Lunatic asylums Madras 1892-1911 - 1892-1911
Year: 1892
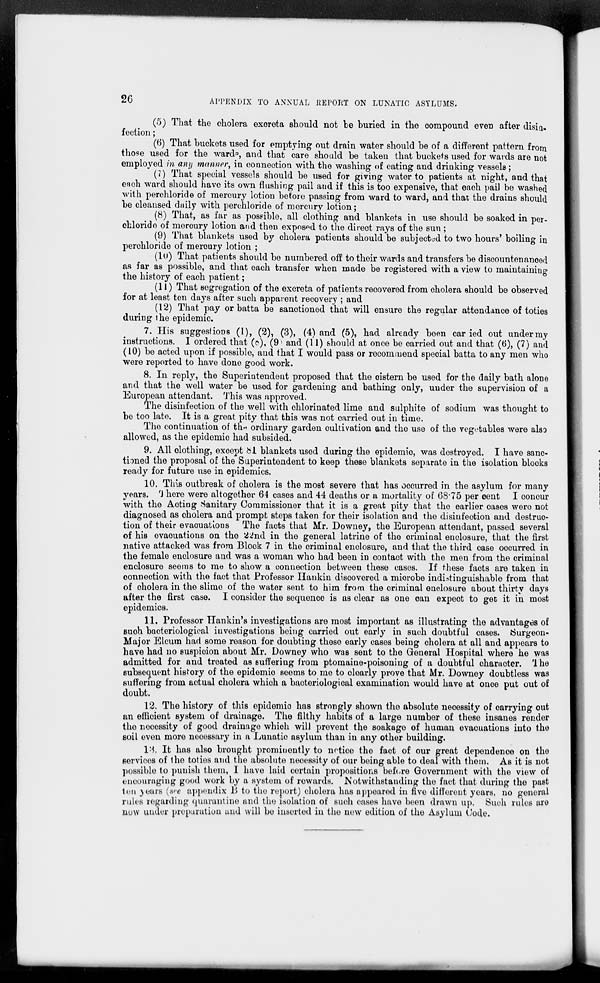
26
APPENDIX TO ANNUAL REPORT ON LUNATIC ASYLUMS.
(5) That the cholera exoreta should not be buried in the compound even after disin-
fection;
(6) That buckets used for emptying out drain water should be of a different pattern from
those used for the ward, and that care should be taken that buckets used for wards are not
employed in any manner, in connection with the washing of eating and drinking vessels;
(7) That special vessels should be used for giving water to patients at night, and that
each ward should have its own flushing pail and if this is too expensive, that each pail be washed
with perchloride of mercury lotion before passing from ward to ward, and that the drains should
be cleansed daily with perchloride of mercury lotion;
(8) That, as far as possible, all clothing and blankets in use should be soaked in per-
chloride of mercury lotion and then exposed to the direct rays of the sun ;
(9) That blankets used by cholera patients should be subjected to two hours' boiling in
perchloride of mercury lotion ;
(10) That patients should be numbered off to their wards and transfers be discountenanced
as far as possible, and that each transfer when made be registered with a view to maintaining
the history of each patient;
(11) That segregation of the excreta of patients recovered from cholera should be observed
for at least ten days after such apparent recovery ; and
(12) That pay or batta be sanctioned that will ensure the regular attendance of toties
during the epidemic.
7. His suggestions (1), (2), (3), (4) and (5), had already been carried out under my
instructions. I ordered that (8), (9) and (11) should at once be carried out and that (6), (7) and
(10) be acted upon if possible, and that I would pass or recommend special batta to any men who
were reported to have done good work.
8. In reply, the Superintendent proposed that the cistern be used for the daily bath alone
and that the well water be used for gardening and bathing only, under the supervision of a
European attendant. This was approved.
The disinfection of the well with chlorinated lime and sulphite of sodium was thought to
be too late. It is a great pity that this was not carried out in time.
The continuation of the ordinary garden cultivation and the use of the vegetables were also
allowed, as the epidemic had subsided.
9. All clothing, except 81 blankets used during the epidemic, was destroyed. I have sanc-
tioned the proposal of the Superintendent to keep these blankets separate in the isolation blocks
ready for future use in epidemics.
10. This outbreak of cholera is the most severe that has occurred in the asylum for many
years. There were altogether 64 cases and 44 deaths or a mortality of 68.75 per cent. I concur
with the Acting Sanitary Commissioner that it is a great pity that the earlier cases were not
diagnosed as cholera and prompt steps taken for their isolation and the disinfection and destruc-
tion of their evacuations The facts that Mr. Downey, the European attendant, passed several
of his evacuations on the 22nd in the general latrine of the criminal enclosure, that the first
native attacked was from Block 7 in the criminal enclosure, and that the third case occurred in
the female enclosure and was a woman who had been in contact with the men from the criminal
enclosure seems to me to show a connection between these cases. If these facts are taken in
connection with the fact that Professor Hankin discovered a microbe indistinguishable from that
of cholera in the slime of the water sent to him from the criminal enclosure about thirty days
after the first case. I consider the sequence is as clear as one can expect to get it in most
epidemics.
11. Professor Hankin's investigations are most important as illustrating the advantages of
such bacteriological investigations being carried out early in such doubtful cases. Surgeon-
Major Elcum had some reason for doubting these early cases being cholera at all and appears to
have had no suspicion about Mr, Downey who was sent to the General Hospital where he was
admitted for and treated as suffering from ptomaine-poisoning of a doubtful character. The
subsequent history of the epidemic seems to me to clearly prove that Mr. Downey doubtless was
suffering from actual cholera which a bacteriological examination would have at once put out of
doubt.
12. The history of this epidemic has strongly shown the absolute necessity of carrying out
an efficient system of drainage. The filthy habits of a large number of these insanes render
the necessity of good drainage which will prevent the soakage of human evacuations into the
soil even more necessary in a Lunatic asylum than in any other building.
13. It has also brought prominently to notice the fact of our great dependence on the
services of the toties and the absolute necessity of our being able to deal with them. As it is not
possible to punish them, I have laid certain propositions before Government with the view of
encouraging good work by a system of rewards. Notwithstanding the fact that during the past
ten years (see appendix B to the report) cholera has appeared in five different years, no general
rules regarding quarantine and the isolation of such cases have been drawn up. Such rules are
now under preparation and will be inserted in the new edition of the Asylum Code.